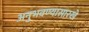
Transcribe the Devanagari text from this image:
अनुभवण्यासारखे